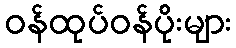
ဝန်ထုပ်ဝန်ပိုးများ